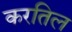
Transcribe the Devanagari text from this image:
करतिल